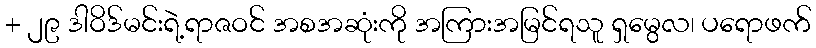
+ ၂၉ ဒါဝိဒ်မင်းရဲ့ရာဇဝင် အစအဆုံးကို အကြားအမြင်ရသူ ရှမွေလ၊ ပရောဖက်